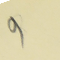
9